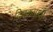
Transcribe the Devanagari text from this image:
दिनक्रमाची